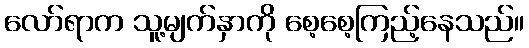
လော်ရာက သူ့မျက်နှာကို စေ့စေ့ကြည့်နေသည်။